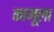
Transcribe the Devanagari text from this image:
कामूला